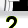
Digit: 2